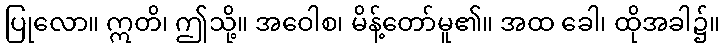
ပြုလော။ ဣတိ၊ ဤသို့။ အဝေါစ၊ မိန့်တော်မူ၏။ အထ ခေါ၊ ထိုအခါ၌။